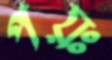
পয়ঃ